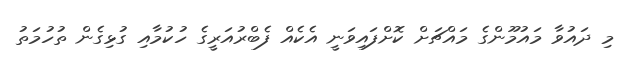
މި ދައުވާ މައުމޫންގެ މައްޗަށް ކޮށްފައިވަނީ އެކެއް ފެބްރުއަރީގެ ހުކުމާއި ގުޅިގެން ތުހުމަތު